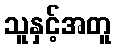
သူနှင့်အတူ